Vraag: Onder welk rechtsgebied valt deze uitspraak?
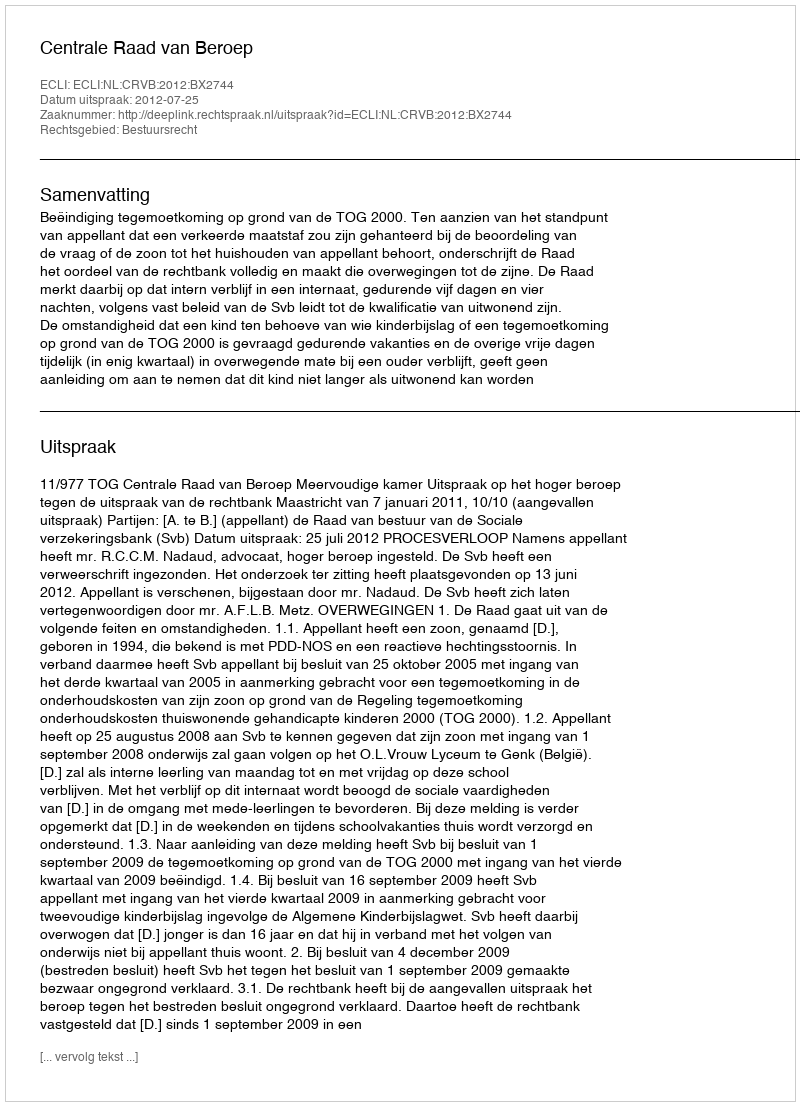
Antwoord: Bestuursrecht